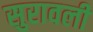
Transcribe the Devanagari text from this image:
सुरावली